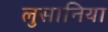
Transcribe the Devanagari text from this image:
लुसानिया